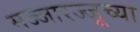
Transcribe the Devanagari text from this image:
मज्जारज्जूच्या